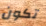
تكون